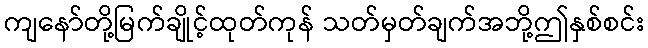
ကျနော်တို့မြက်ချိုင့်ထုတ်ကုန် သတ်မှတ်ချက်အဘို့ဤနှစ်စင်း